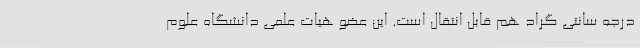
درجه سانتی گراد هم قابل انتقال است. این عضو هیات علمی دانشگاه علوم